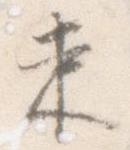
束